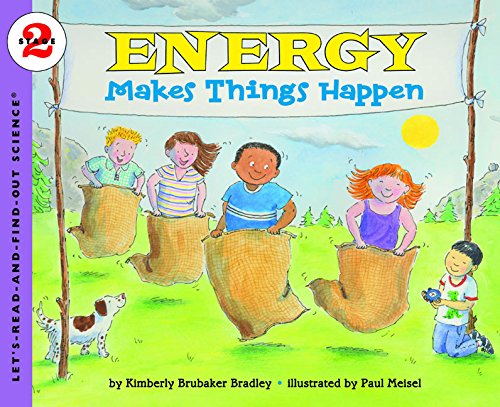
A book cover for Energy Makes Things Happen (Let's-Read-and-Find-Out Science 2); Kimberly Brubaker Bradley; Children's Books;